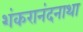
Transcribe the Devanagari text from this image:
शंकरानंदनाथा